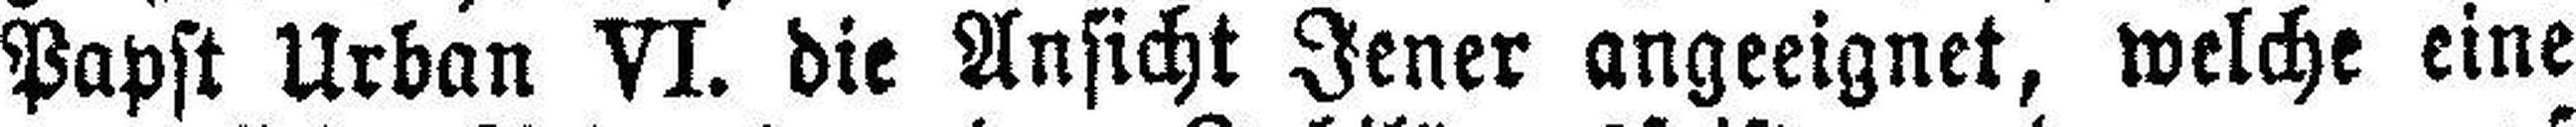
Papst Urban VI. die Ansicht Jener angeeignet, welche eine